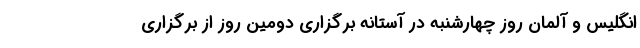
انگلیس و آلمان روز چهارشنبه در آستانه برگزاری دومین روز از برگزاری